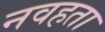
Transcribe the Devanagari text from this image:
नवहता